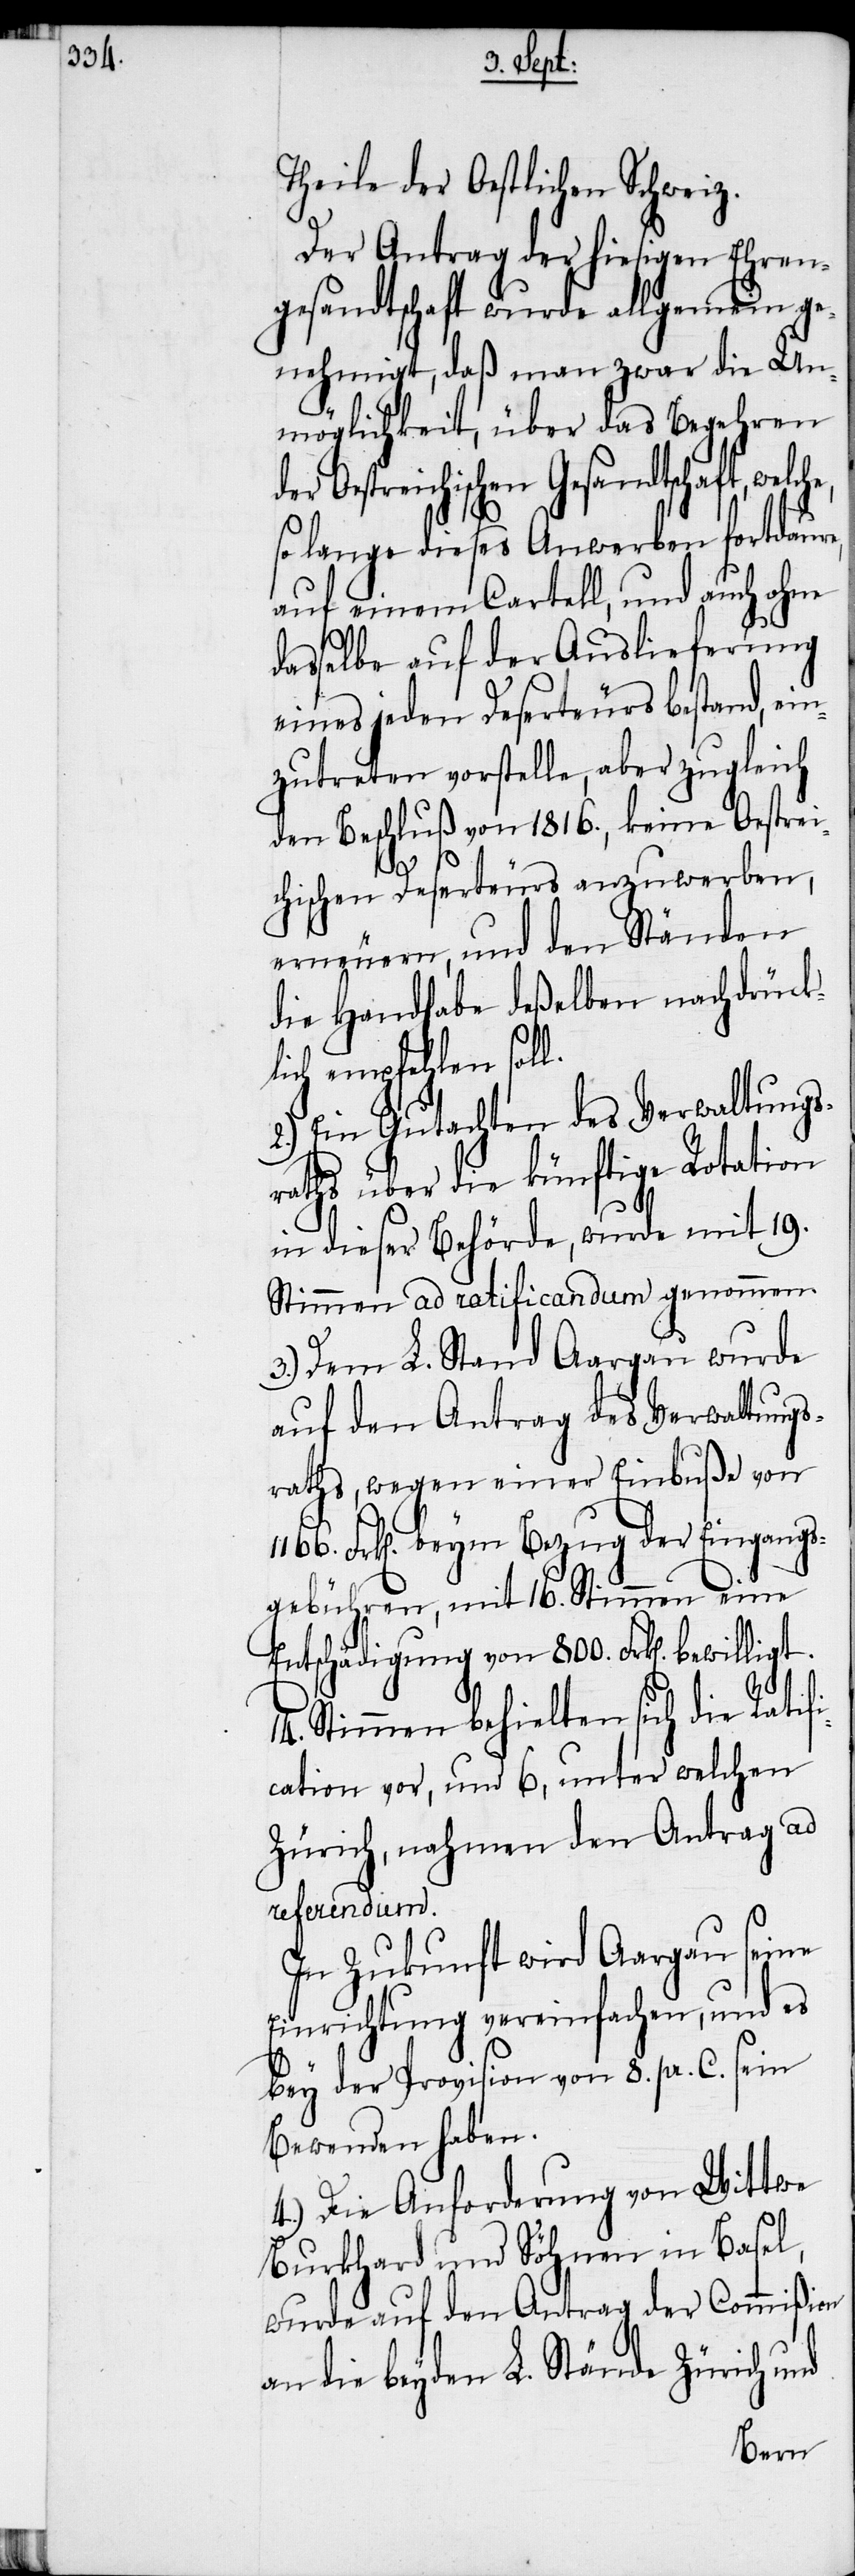
Theile der Oestlichen Schweiz.
Der Antrag der hiesigen Ehren¬
gesandtschaft wurde allgemein ge¬
nehmigt, daß man zwar die U¬
nmöglichkeit, über das Begehren
Oestreichischen Gesandtschaft,
so lange dieses Anwerben fortdaure,
auf einem Cartell, und auch oh¬
dasselbe auf der Auslieferung
eines jeden Deserteurs bestand, ein¬
zutreten vorstelle, aber zugleich
den Beschluß von 1816., keine Oestre¬
ichischen Deserteurs anzuwerben,
erneuern, und den Ständen
die Handhabe deßelben nachdrück¬
lich empfehlen soll.
2.) Ein Gutachten des Verwaltungs¬
raths über die künftige Rotation
in dieser Behörde, wurde mit 19.
Stimmen ad ratificandum genommen.
3.) Dem L. Stand Aargau wurde
auf den Antrag des Verwaltung¬
sraths, wegen einer Einbuße von
Frk[en]. beym Bezug der Eingangs¬
gebühren, mit 16. Stimmen eine
Entschädigung von 800. Frk[en].
14. Stimmen behielten sich die Ratif¬
ication vor, und 6, unter welchen
Zürich, nahmen den Antrag ad
referendum.
In Zukunft wird Aargau seine
Einrichtung vereinfachen, und es
bey der Provision von 8. pr. C. sein
Bewenden haben.
4.) Die Anforderung von Wittwe
Burkhard und Söhnen in Basel,
wurde auf den Antrag der Commißion
an die beyden L. Stände Zürich und
ne